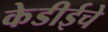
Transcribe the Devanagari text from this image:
केडीईचे